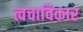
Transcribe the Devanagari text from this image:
त्वचाविकार